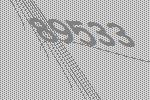
89533